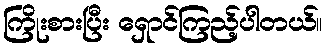
ကြိုးစားပြီး ရှောင်ကြည့်ပါတယ်။